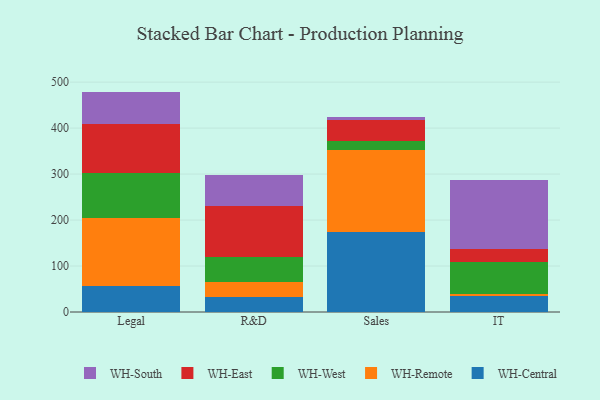
{"axis": {"x": "Department", "y": "Waste Production (Tons)"}, "legend": ["WH-Central", "WH-East", "WH-Remote", "WH-South", "WH-West"], "data": [{"x": "Legal", "y": 57.6, "type": "WH-Central"}, {"x": "Legal", "y": 147.2, "type": "WH-Remote"}, {"x": "Legal", "y": 97.4, "type": "WH-West"}, {"x": "Legal", "y": 106.6, "type": "WH-East"}, {"x": "Legal", "y": 70.6, "type": "WH-South"}, {"x": "R&D", "y": 31.8, "type": "WH-Central"}, {"x": "R&D", "y": 34.3, "type": "WH-Remote"}, {"x": "R&D", "y": 53.4, "type": "WH-West"}, {"x": "R&D", "y": 111.9, "type": "WH-East"}, {"x": "R&D", "y": 67.2, "type": "WH-South"}, {"x": "Sales", "y": 175.0, "type": "WH-Central"}, {"x": "Sales", "y": 177.7, "type": "WH-Remote"}, {"x": "Sales", "y": 18.8, "type": "WH-West"}, {"x": "Sales", "y": 45.8, "type": "WH-East"}, {"x": "Sales", "y": 6.9, "type": "WH-South"}, {"x": "IT", "y": 35.0, "type": "WH-Central"}, {"x": "IT", "y": 5.0, "type": "WH-Remote"}, {"x": "IT", "y": 67.8, "type": "WH-West"}, {"x": "IT", "y": 30.0, "type": "WH-East"}, {"x": "IT", "y": 148.3, "type": "WH-South"}]}